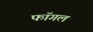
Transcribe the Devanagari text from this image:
फॉगल